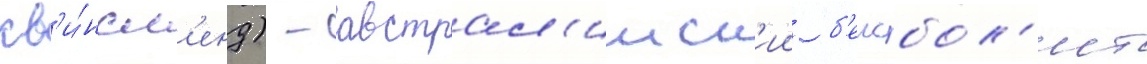
кв'и́нсл'енд) - австрал'ииск'ии б'еисбол'ист